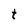
Character: t